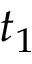
t _ { 1 }